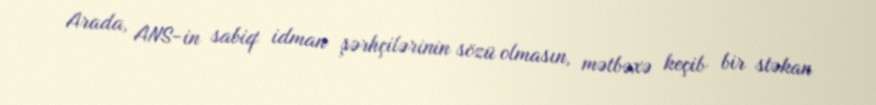
Arada, ANS-in sabiq idman şərhçilərinin sözü olmasın, mətbəxə keçib bir stəkan